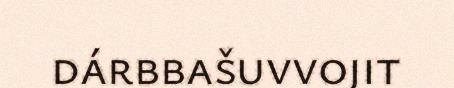
dárbbašuvvojit